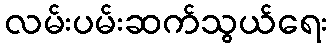
လမ်းပမ်းဆက်သွယ်ရေး